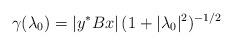
LaTeX: \begin{align*}\gamma(\lambda_0)=|y^*Bx| \, (1+|\lambda_0|^2)^{-1/2}\end{align*}